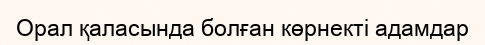
Орал қаласында болған көрнекті адамдар